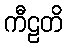
ကီဠတိ